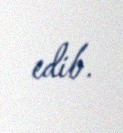
edib.